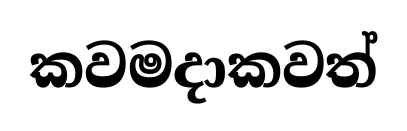
කවමදාකවත්